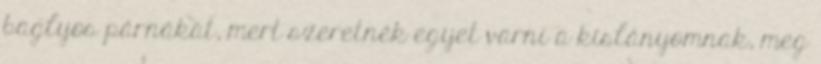
baglyos párnákat, mert szeretnék egyet varni a kislányomnak, meg